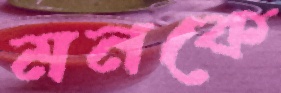
মনকে